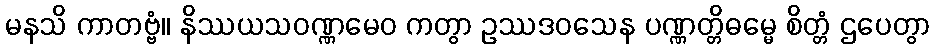
မနသိ ကာတဗ္ဗံ။ နိဿယသဝဏ္ဏမေဝ ကတွာ ဥဿဒဝသေန ပဏ္ဏတ္တိဓမ္မေ စိတ္တံ ဌပေတွာ